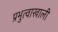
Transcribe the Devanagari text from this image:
प्रभुत्वाखाली